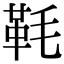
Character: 𩉪